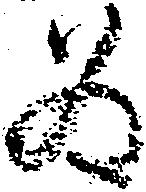
為